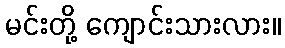
မင်းတို့ ကျောင်းသားလား။